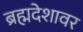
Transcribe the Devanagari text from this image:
ब्रह्मदेशावर